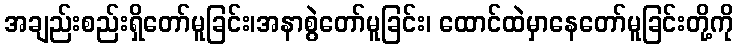
အချည်းစည်းရှိတော်မူခြင်း၊အနာစွဲတော်မူခြင်း၊ ထောင်ထဲမှာနေတော်မူခြင်းတို့ကို